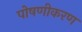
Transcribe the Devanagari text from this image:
पोषणीकरण